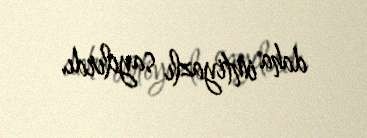
daha imtiyazlı sayılırdı.